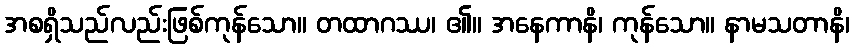
အစရှိသည်လည်းဖြစ်ကုန်သော။ တထာဂဿ၊ ၏။ အနေကာနိ၊ ကုန်သော။ နာမသတာနိ၊